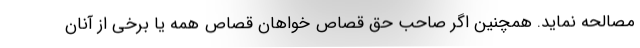
مصالحه نماید. همچنین اگر صاحب حق قصاص خواهان قصاص همه یا برخی از آنان